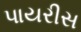
પાયરીસ